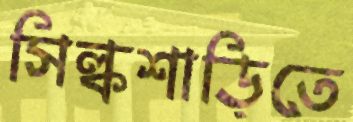
সিল্কশাড়িতে